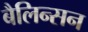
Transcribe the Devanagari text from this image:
बैलिन्सन